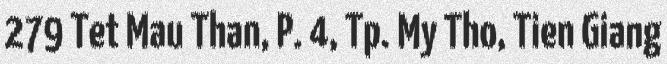
279 Tet Mau Than, P. 4, Tp. My Tho, Tien Giang